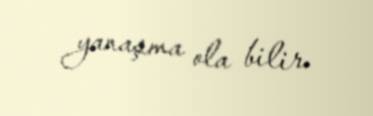
yanaşma ola bilir.